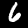
Label: 6